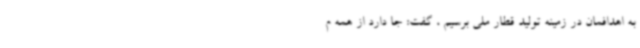
به اهدافمان در زمینه تولید قطار ملی برسیم ، گفت: جا دارد از همه م